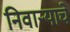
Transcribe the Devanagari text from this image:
निवाऱ्याचे